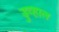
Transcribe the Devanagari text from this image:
डुव्हाल